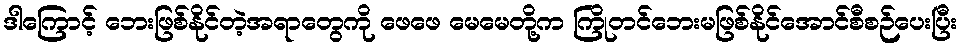
ဒါကြောင့် ဘေးဖြစ်နိုင်တဲ့အရာတွေကို ဖေဖေ မေမေတို့က ကြိုတင်ဘေးမဖြစ်နိုင်အောင်စီစဉ်ပေးပြီး